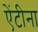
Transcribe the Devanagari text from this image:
ऐंटीना